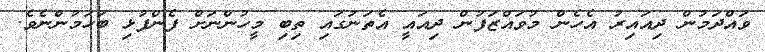
ވައްދަމުން ދިއައިރު އެހެން މުވައްޒަފުން ދިއައީ އެތަނުގައި ތިބި މީހުންނަށް ފެންފުޅި ބަހަމުންނެވެ.